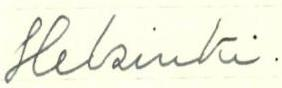
Helsinki.